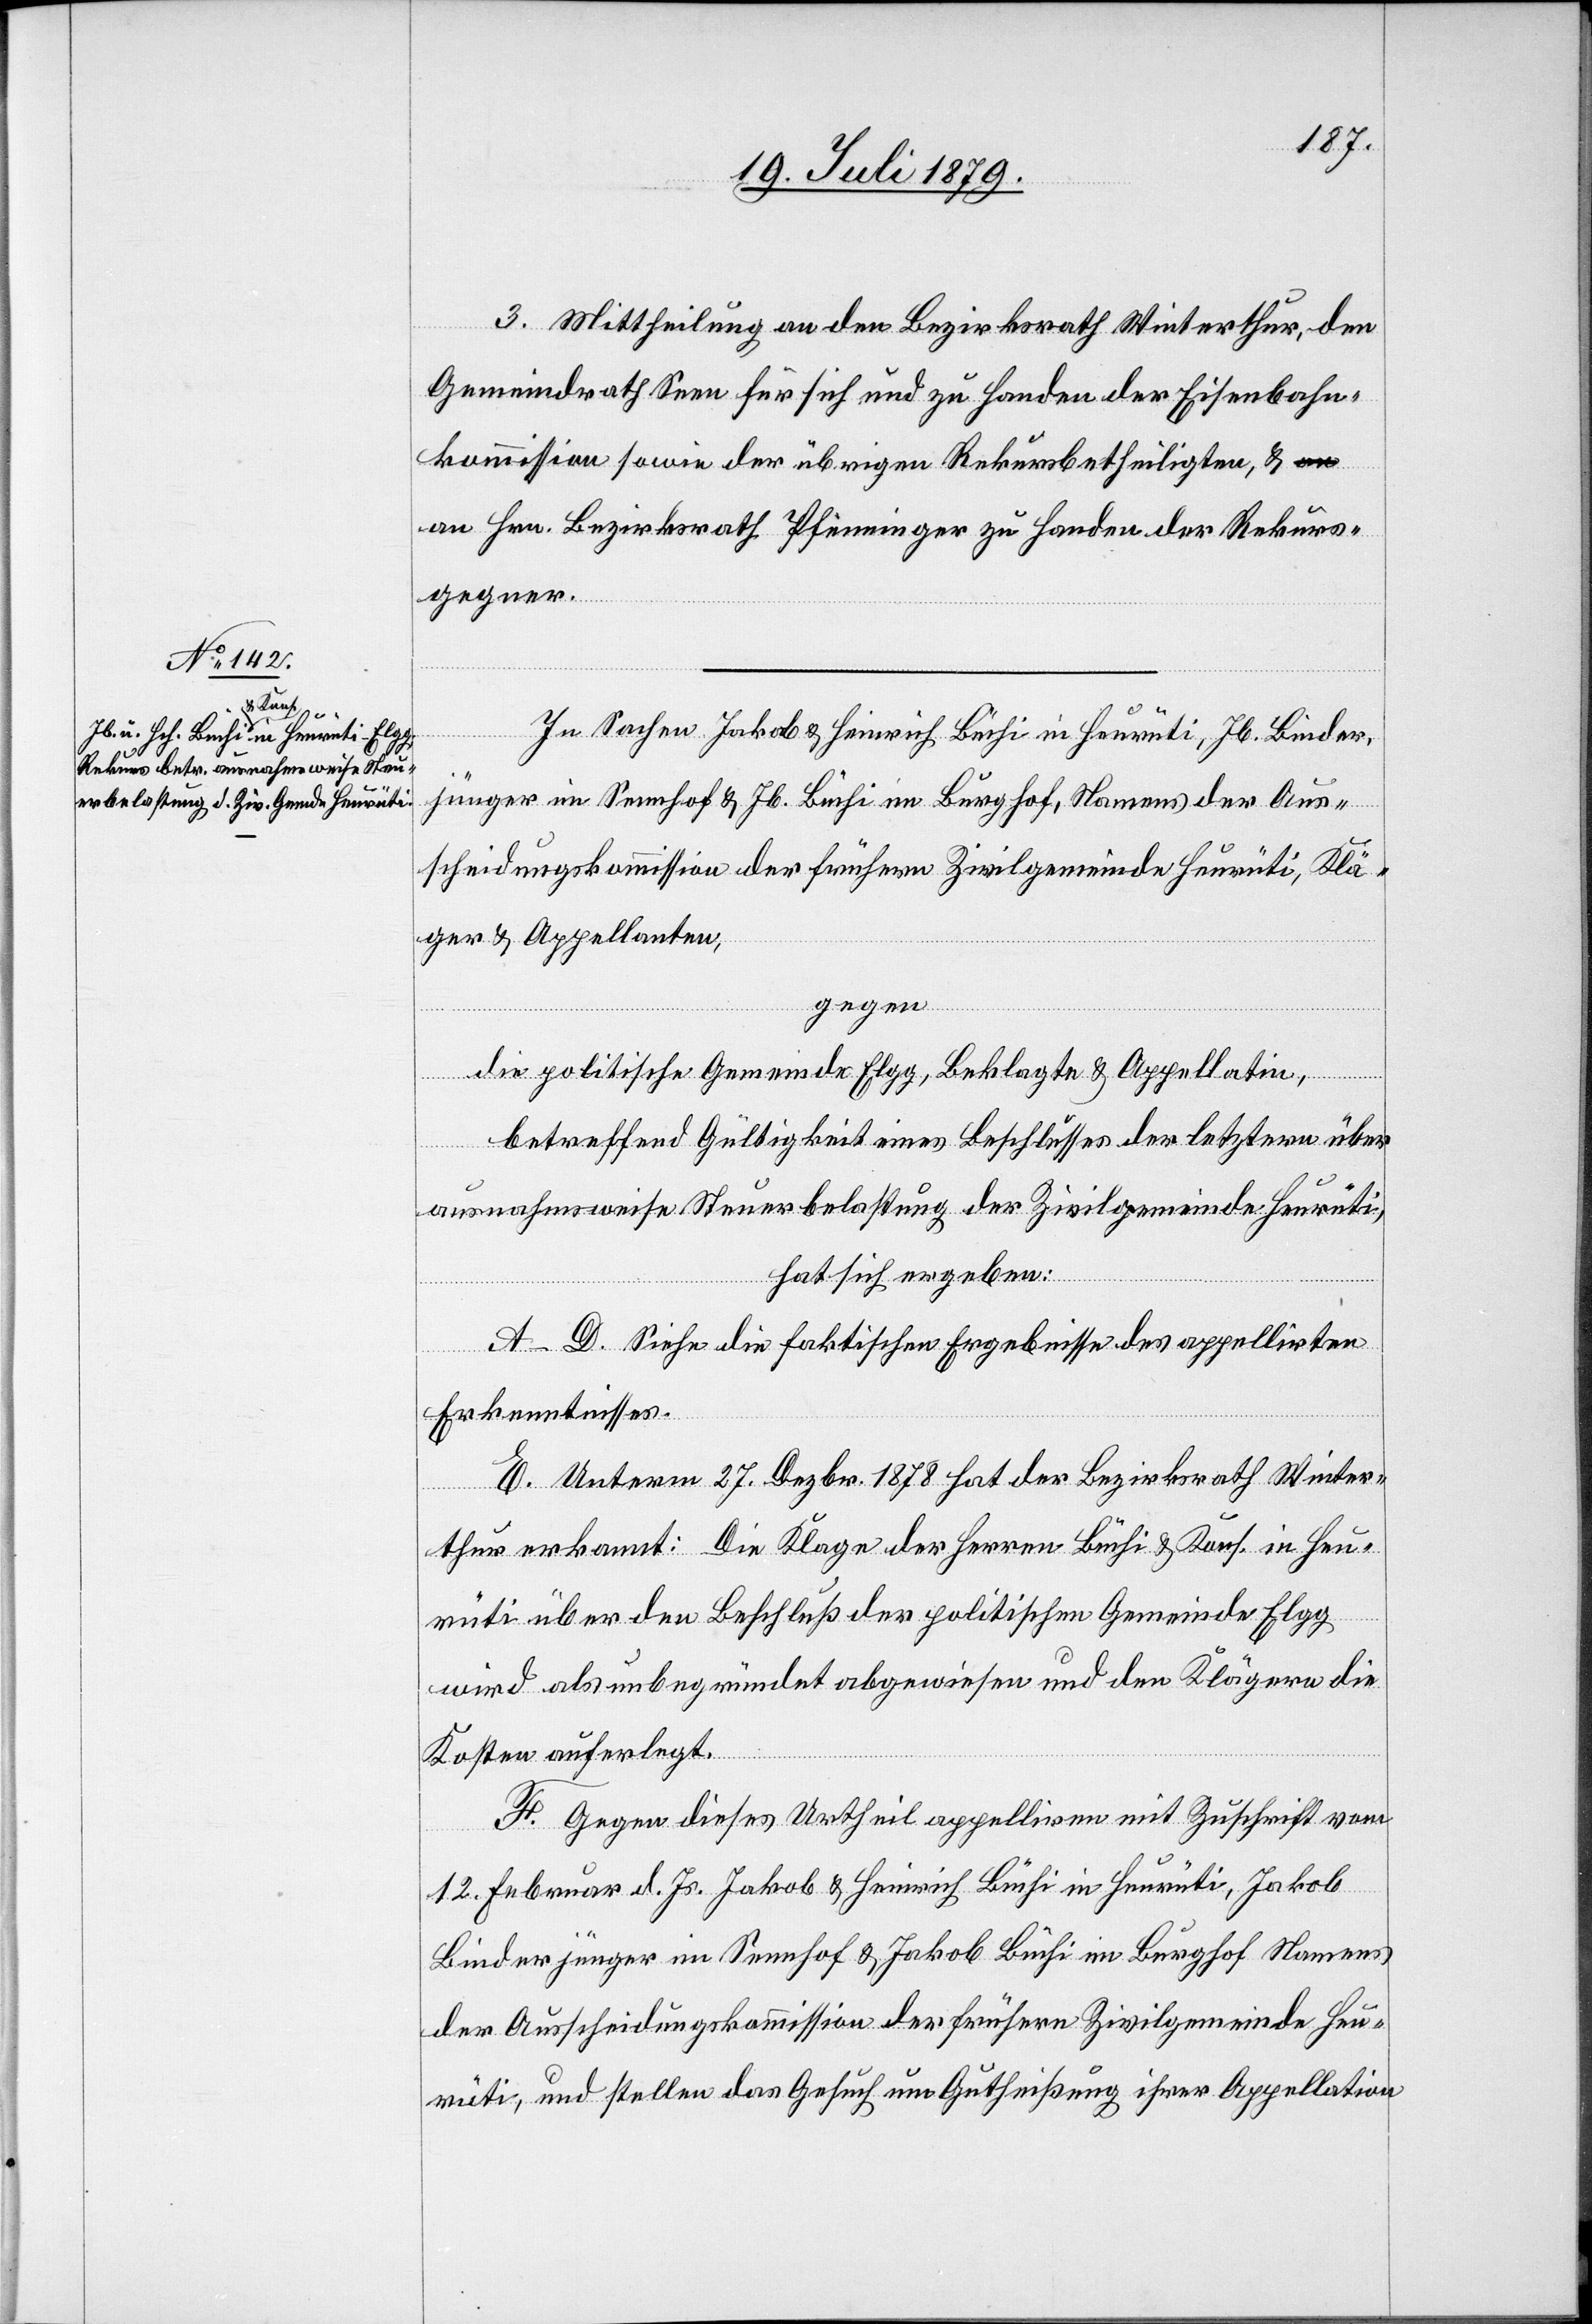
3. Mittheilung an den Bezirksrath Winterthur, den
Gemeindrath Seen für sich und zu Handen der Eisenbahn¬
kommission sowie der übrigen Rekursbetheiligten, &
an Hrn. Bezirksrath Pfenninger zu Handen der Rekurs¬
gegner.
In Sachen Jakob & Heinrich Büchi in Heurüti, Jb. Binder¬
jünger im Sennhof & Jb. Büchi in Burghof, Namens der Aus¬
scheidungskommission der frühern Zivilgemeinde Heurüti, Klä¬
ger & Appellanten,
gegen
die politische gemeinde Elgg, Beklagte & Appellatin,
betreffend Gültigkeit eines Beschlusses des letztern über
ausnahmsweise Steuerbelastung der Zivilgemeinde Heurüti,
hat sich ergeben:
A–D. Siehe die faktischen Ergebnisse des appellirten
Erkenntnisses.
E. Unterm 27. Dezbr. 1878 hat der Bezirksrath Winter¬
thur erkannt: Die Klage der Herren Büchi & Kons. in Heu¬
rüti über den Beschluß der politischen Gemeinde Elgg
wird als unbegründet abgewiesen und den Klägern die
Kosten auferlegt.
F. Gegen dieses Urtheil appeliren mit Zuschrift vom
12. Februar d. Js. Jakob & Heinrich Büchi in Heurüti, Jakob
Binderjünger im Sennhof & Jakob Büchi im Burghof Namens
der Ausscheidungskommission der frühern Zivilgemeinde Heu¬
rüti, und stellen das Gesuch um Gutheißung ihrer Appellation